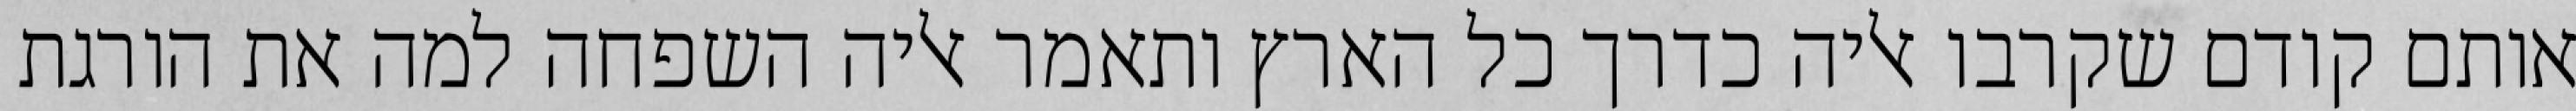
אותם קודם שקרבו אליה כדרך כל הארץ ותאמר אליה השפחה למה את הורגת